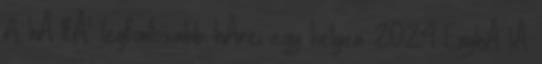
A hÃ tfÅ‘ legfontosabb hÃ­rei egy helyen. 20:24 EnyhÃ¼lÃ